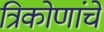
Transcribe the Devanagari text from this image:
त्रिकोणांचे